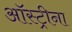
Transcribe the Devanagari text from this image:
ऑस्ट्रीना